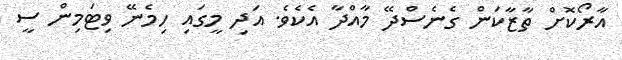
އާރޯކޮށް ތާޒާކަން ގެނެސްދޭ މާއްދާ އެކެވެ. އަދި މީގައި ހިމެނޭ ވިޓަމިން ސީ